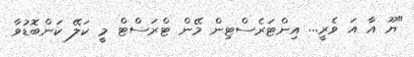
"ޔޫ އާ އަ ވެރީ... އިންޓަރެސްޓިން މޭން ޓްރަސްޓް މީ ކަލޭ ކަންބޮޑުވާ